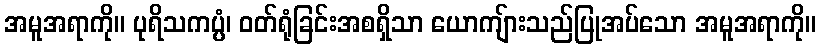
အမူအရာကို။ ပုရိသကပ္ပံ၊ ဝတ်ရုံခြင်းအစရှိသာ ယောကျ်ားသည်ပြုအပ်သော အမူအရာကို။